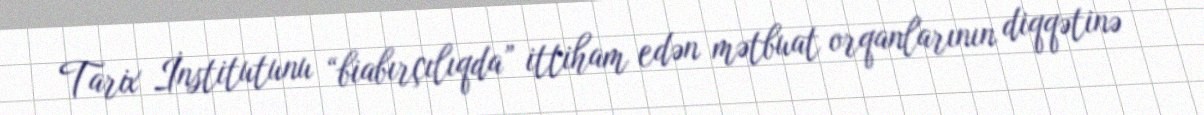
Tarix İnstitutunu “biabırçılıqda” ittiham edən mətbuat orqanlarının diqqətinə